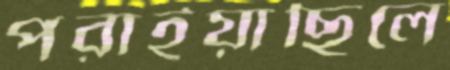
পরাইয়াছিলে